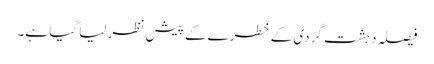
فیصلہ دہشت گردی کے خطرے کے پیش نظر لیا گیا ہے۔